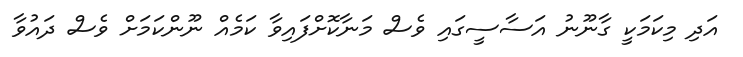
އަދި މިކަމަކީ ގާނޫނު އަސާސީގައި ވެސް މަނާކޮށްފައިވާ ކަމެއް ނޫންކަމަށް ވެސް ދައުވާ